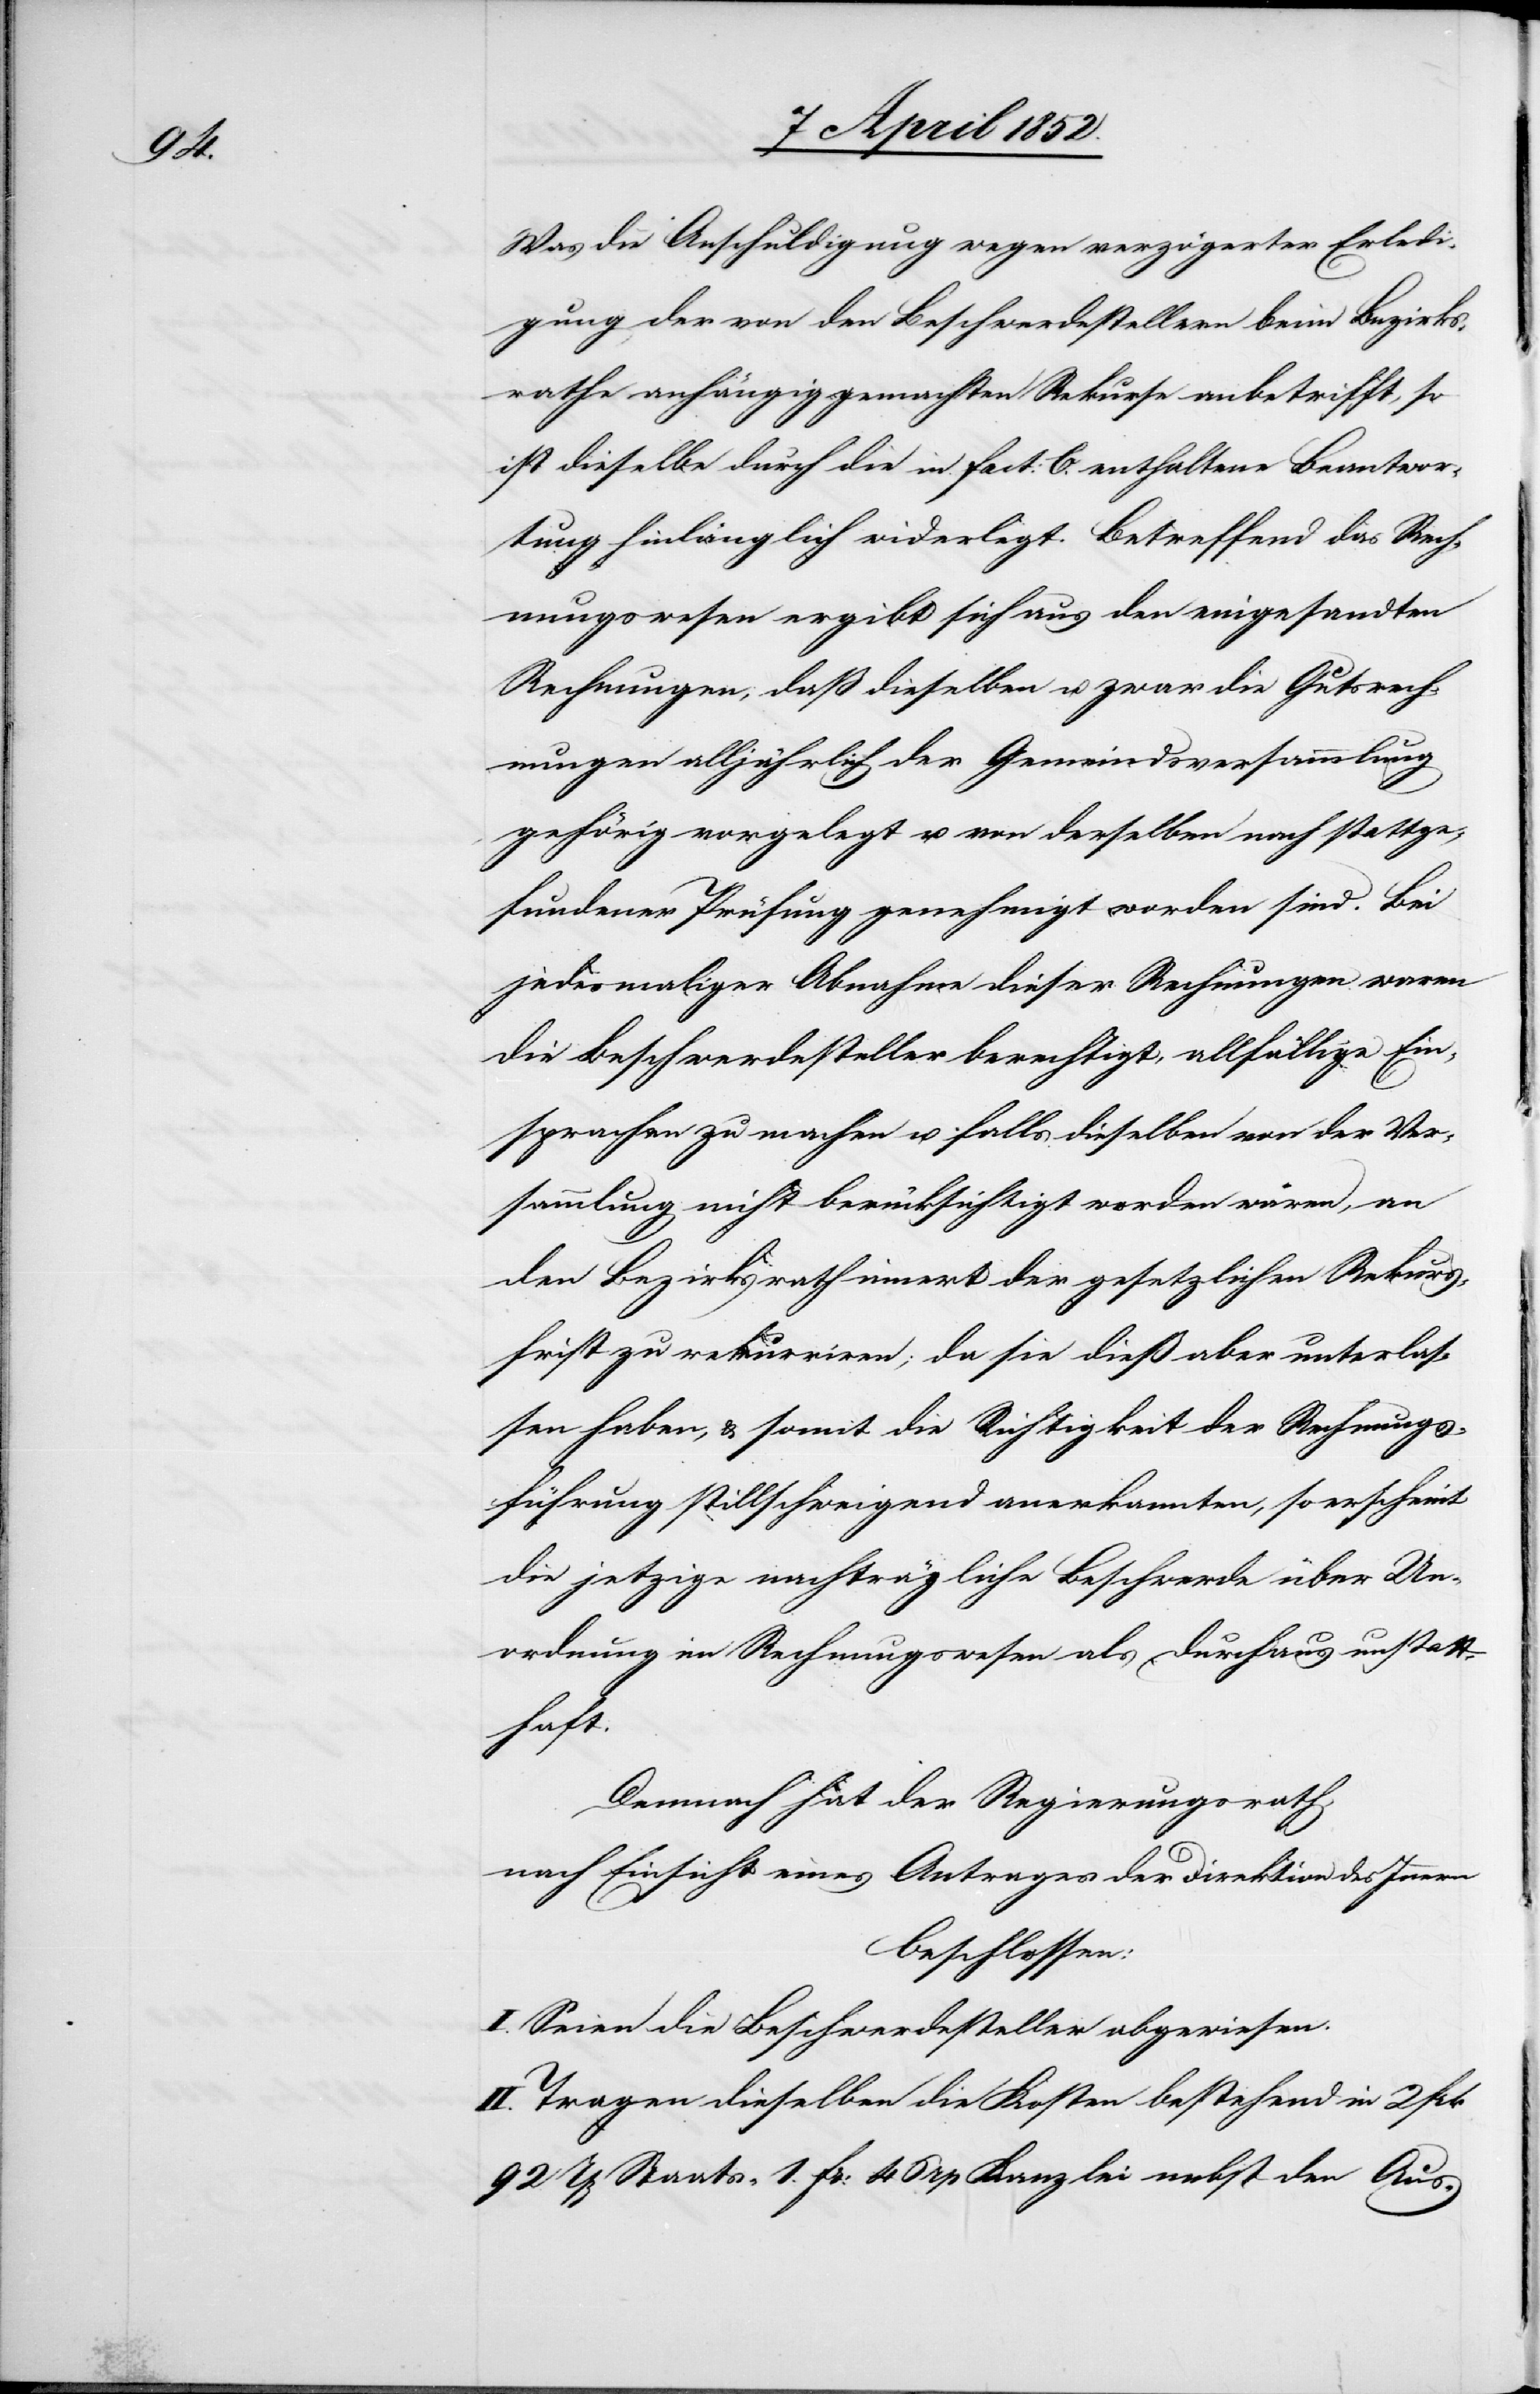
Was die Anschuldigung wegen verzögerter Erledi¬
gung der von den Beschwerdestellern beim Bezirks¬
rathe anhängig gemachten Rekurse anbetrifft, so
ist dieselbe durch die in Fact: C. [recte: B.] ent¬
tung hinlänglich widerlegt. Betreffend das Rech¬
nungswesen ergibt sich aus den eingesandten
Rechnungen, daß dieselben u. zwar die Gutsrech¬
nungen alljährlich der Gemeindsversammlung
gehörig vorgelegt u. von derselben nach stattge¬
fundener Prüfung genehmigt worden sind. Bei
jedesmaliger Abnahme dieser Rechnungen waren
die Beschwerdesteller berechtigt, allfällige Ein¬
sprachen zu machen u. falls dieselben von der Ver¬
sammlung nicht berücksichtigt worden wären, an
den Bezirksrath innert der gesetzlichen Rekurs¬
frist zu rekurriren; da sie dieß aber unterlas¬
sen haben, & somit die Richtigkeit der Rechnungs¬
führung stillschweigend anerkannten, so erscheint
die jetzige nachträgliche Beschwerde über Un¬
ordnung im Rechnungswesen als durchaus unstatt¬
haft.
Demnach hat der Regierungsrath,
nach Einsicht eines Antrages der Direktion des Innern
beschlossen:
I. Seien die Beschwerdesteller abgewiesen.
II. Tragen dieselben die Kosten bestehend in 2 Frk
92 Rp[en] Staats-[,] 1. Fr: 46 rp Kanzlei[-] nebst den Aus-